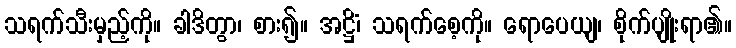
သရက်သီးမှည့်ကို။ ခါဒိတွာ၊ စား၍။ အဋ္ဌိံ၊ သရက်စေ့ကို။ ရောပေယျ၊ စိုက်ပျိုးရာ၏။